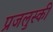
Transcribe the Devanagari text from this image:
प्रजलुस्की